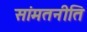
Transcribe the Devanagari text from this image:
सांमतनीति